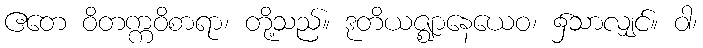
ဧတေ ဝိတက္ကဝိစာရာ၊ တို့သည်။ ဒုတိယဇ္ဈာနေယေဝ၊ ၌သာလျှင်။ ဝါ၊